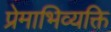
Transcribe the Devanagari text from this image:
प्रेमाभिव्यक्ति